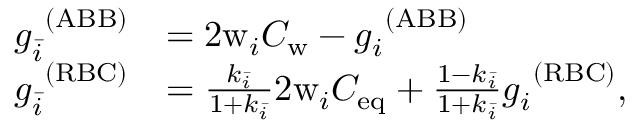
\begin{array} { r l } { g _ { \bar { i } } ^ { \ ( \mathrm { A B B } ) } } & { = 2 \mathrm { w } _ { i } C _ { \mathrm { w } } - g _ { i } ^ { \ ( \mathrm { A B B } ) } } \\ { g _ { \bar { i } } ^ { \ ( \mathrm { R B C } ) } } & { = \frac { k _ { \bar { i } } } { 1 + k _ { \bar { i } } } 2 \mathrm { w } _ { i } C _ { \mathrm { e q } } + \frac { 1 - k _ { \bar { i } } } { 1 + k _ { \bar { i } } } g _ { i } ^ { \ ( \mathrm { R B C } ) } , } \end{array}